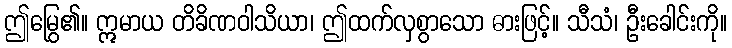
ဤမြွေ၏။ ဣမာယ တိခိဏဝါသိယာ၊ ဤထက်လှစွာသော ဓားဖြင့်။ သီသံ၊ ဦးခေါင်းကို။